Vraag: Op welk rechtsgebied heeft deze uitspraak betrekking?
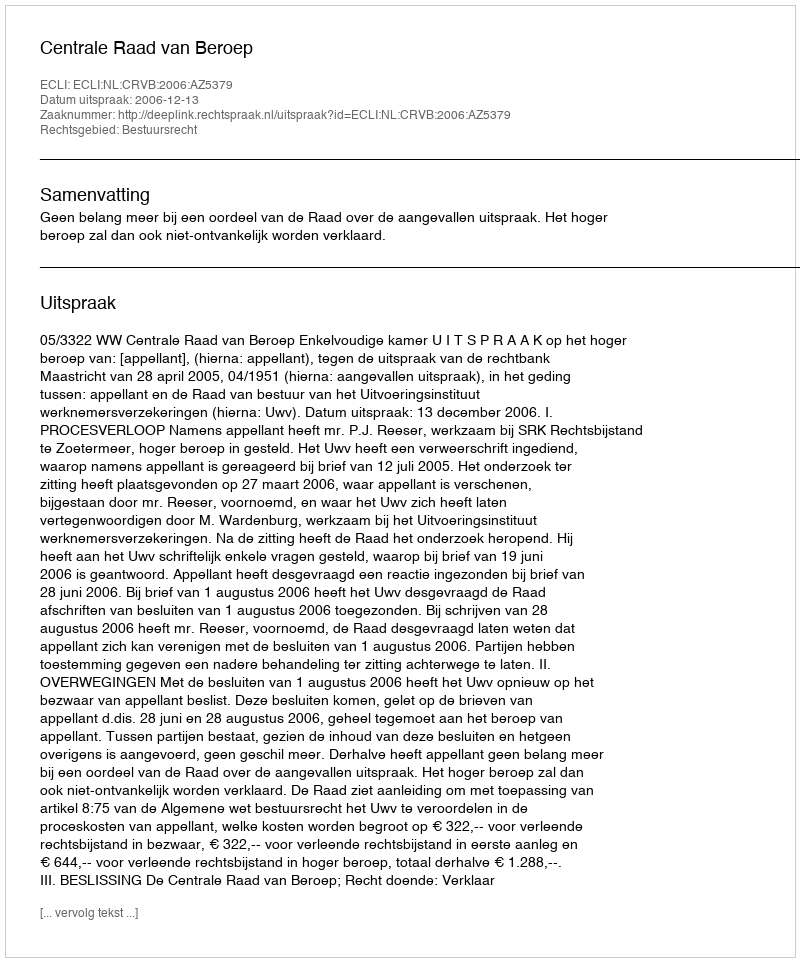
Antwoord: Bestuursrecht